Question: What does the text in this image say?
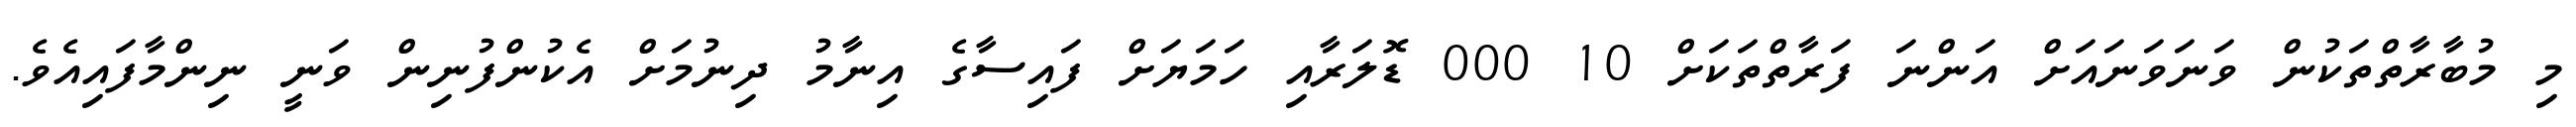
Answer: މި މުބާރާތްތަކުން ވަނަވަނައަށް އަންނަ ފަރާތްތަކަށް 10 000 ޑޮލަރާއި ހަމަޔަށް ފައިސާގެ އިނާމު ދިނުމަށް އެކުންފުނިން ވަނީ ނިންމާފައިއެވެ.